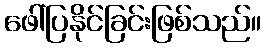
ဖေါ်ပြနိုင်ခြင်းဖြစ်သည်။